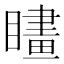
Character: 𥊮